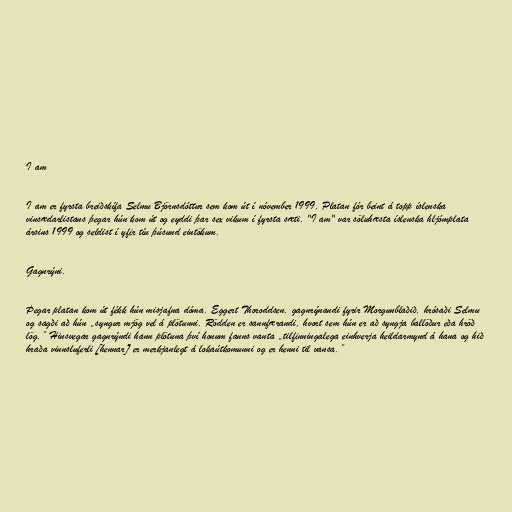
I am

I am er fyrsta breiðskífa Selmu Björnsdóttur sem kom út í nóvember 1999. Platan fór beint á topp íslenska
vinsædarlistans þegar hún kom út og eyddi þar sex vikum í fyrsta sæti. "I am" var söluhæsta íslenska hljómplata
ársins 1999 og seldist í yfir tíu þúsund eintökum.

Gagnrýni.

Þegar platan kom út fékk hún misjafna dóma. Eggert Thoroddsen, gagnrýnandi fyrir Morgunblaðið, hrósaði Selmu
og sagði að hún „syngur mjög vel á plötunni. Rödden er sannfærandi, hvort sem hún er að syngja ballöður eða hröð
lög.” Hinsvegar gagnrýndi hann plötuna því honum fanns vanta „tilfinningalega einhverja heildarmynd á hana og hið
hraða vinnsluferli [hennar] er merkjanlegt á lokaútkomunni og er henni til vansa.”